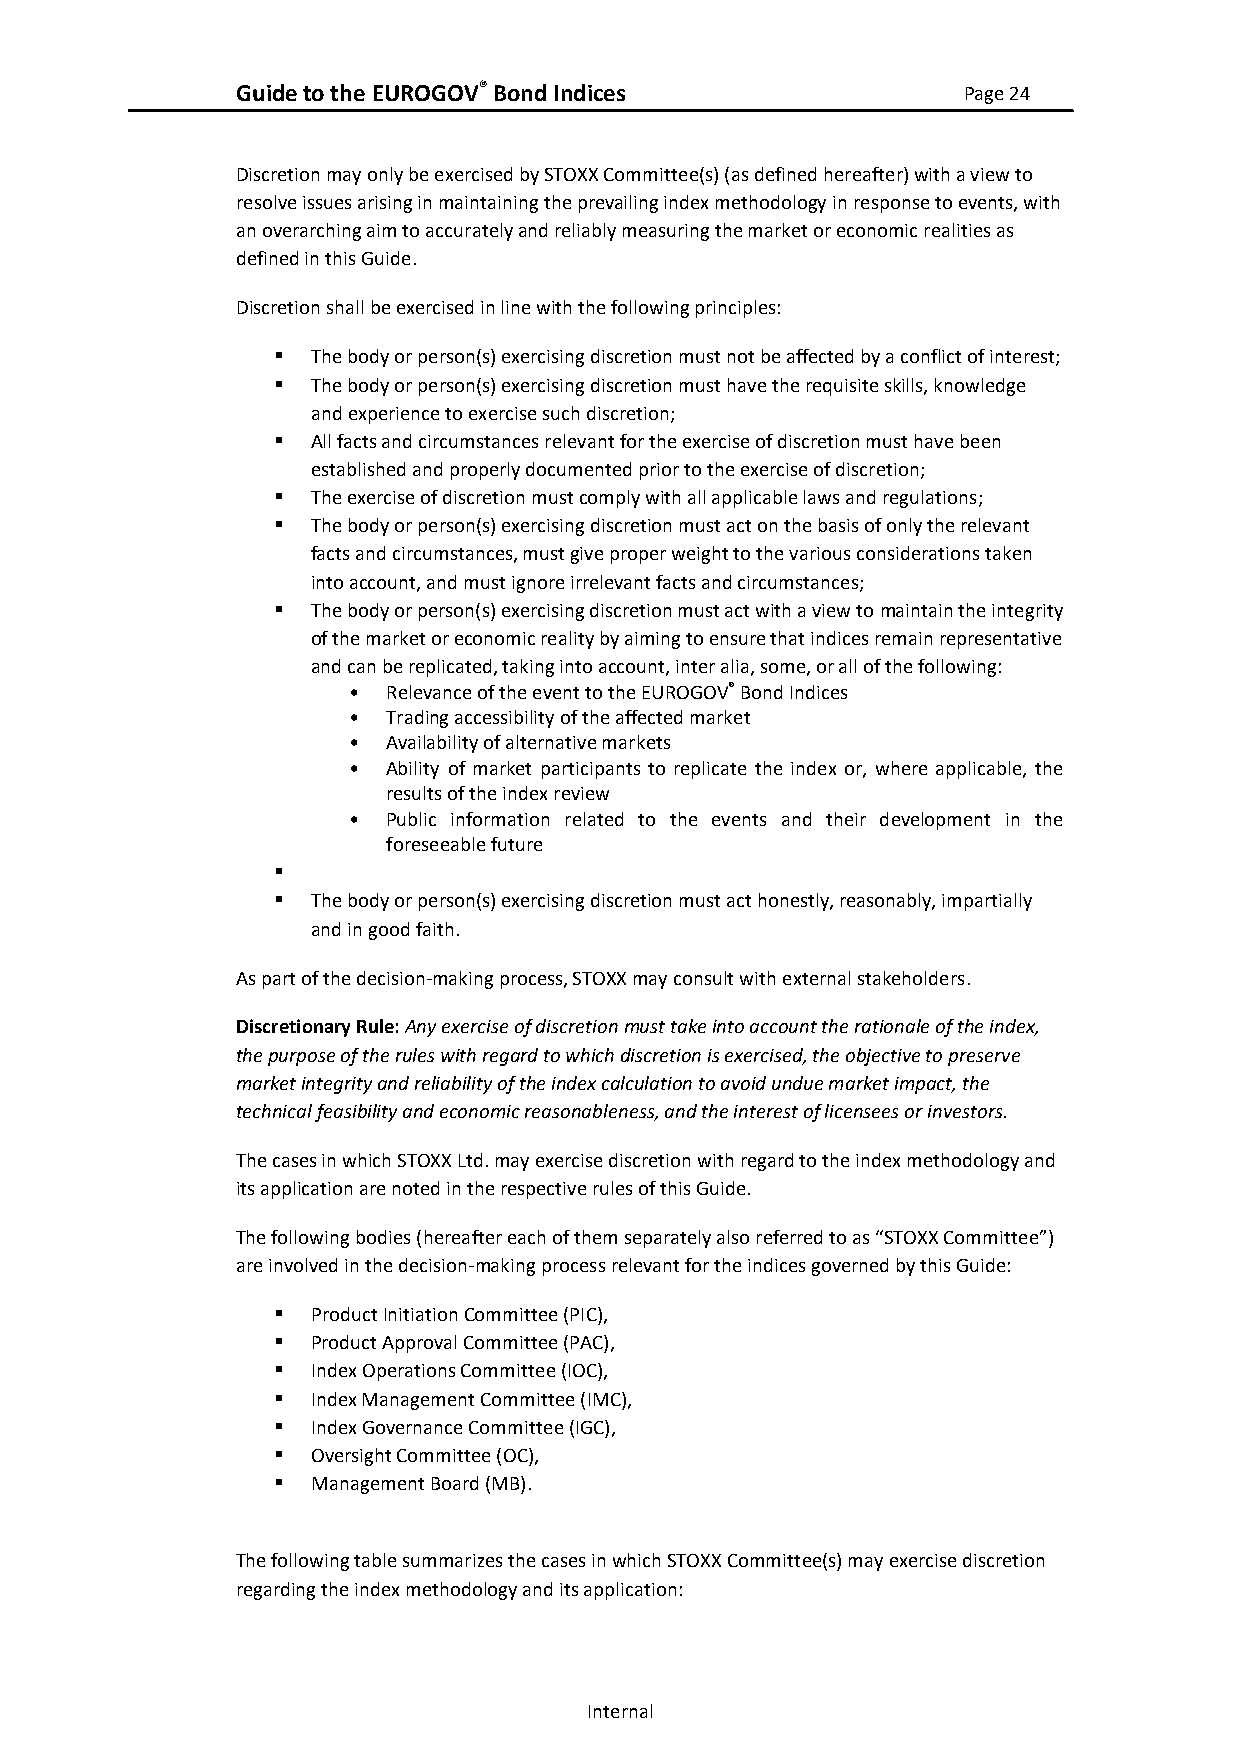
Guide to the EUROGOV® Bond Indices              Page 24
 Discretion may only be exercised by STOXX Committee(s) (as defined hereafter) with a view to
 resolve issues arising in maintaining the prevailing index methodology in response to events, with
 an overarching aim to accurately and reliably measuring the market or economic realities as
 defined in this Guide.
 Discretion shall be exercised in line with the following principles:
 ▪  The body or person(s) exercising discretion must not be affected by a conflict of interest;
 ▪  The body or person(s) exercising discretion must have the requisite skills, knowledge
 and experience to exercise such discretion;
 ▪  All facts and circumstances relevant for the exercise of discretion must have been
 established and properly documented prior to the exercise of discretion;
 ▪  The exercise of discretion must comply with all applicable laws and regulations;
 ▪  The body or person(s) exercising discretion must act on the basis of only the relevant
 facts and circumstances, must give proper weight to the various considerations taken
 into account, and must ignore irrelevant facts and circumstances;
 ▪  The body or person(s) exercising discretion must act with a view to maintain the integrity
 of the market or economic reality by aiming to ensure that indices remain representative
 and can be replicated, taking into account, inter alia, some, or all of the following:
 •  Relevance of the event to the EUROGOV® Bond Indices
 •  Trading accessibility of the affected market
 •  Availability of alternative markets
 •  Ability of market participants to replicate the index or, where applicable, the
 results of the index review
 •  Public information related to the events and their development in the
 foreseeable future
 ▪
 ▪  The body or person(s) exercising discretion must act honestly, reasonably, impartially
 and in good faith.
 As part of the decision-making process, STOXX may consult with external stakeholders.
 Discretionary Rule: Any exercise of discretion must take into account the rationale of the index,
 the purpose of the rules with regard to which discretion is exercised, the objective to preserve
 market integrity and reliability of the index calculation to avoid undue market impact, the
 technical feasibility and economic reasonableness, and the interest of licensees or investors.
 The cases in which STOXX Ltd. may exercise discretion with regard to the index methodology and
 its application are noted in the respective rules of this Guide.
 The following bodies (hereafter each of them separately also referred to as “STOXX Committee”)
 are involved in the decision-making process relevant for the indices governed by this Guide:
 ▪  Product Initiation Committee (PIC),
 ▪  Product Approval Committee (PAC),
 ▪  Index Operations Committee (IOC),
 ▪  Index Management Committee (IMC),
 ▪  Index Governance Committee (IGC),
 ▪  Oversight Committee (OC),
 ▪  Management Board (MB).
 The following table summarizes the cases in which STOXX Committee(s) may exercise discretion
 regarding the index methodology and its application:
 Internal